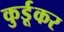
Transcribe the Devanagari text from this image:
कुर्डूकर